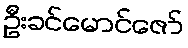
ဦးခင်မောင်ဇော်